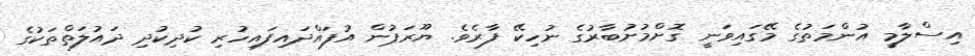
އިސްލާމީ އުންމަތުގެ މޭގައިވަނީ ގޮށްމުށުބާރުގެ ނުހިކޭ ފާރެވެ. ޔޫރަޕުން އުފައްދައިފައިހުރި ކުދިކުދި ދައުލަތްތަކުގެ